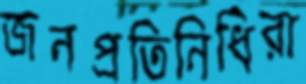
জনপ্রতিনিধিরা